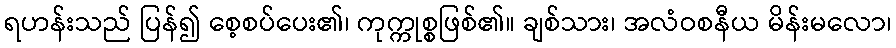
ရဟန်းသည် ပြန်၍ စေ့စပ်ပေး၏၊ ကုက္ကုစ္စဖြစ်၏။ ချစ်သား၊ အလံဝစနီယ မိန်းမလော၊